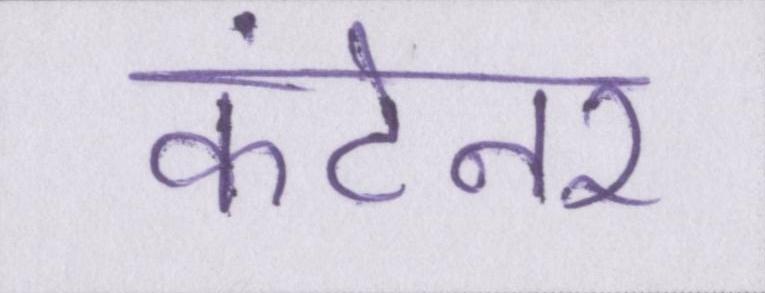
कंटेनर